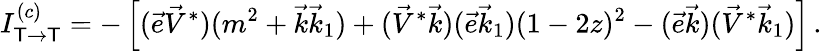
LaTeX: I_{\mathsf{T}\to\mathsf{T}}^{(c)}=-\left[(\vec{{e}}\vec{{V}}^{*})(m^{2}+\vec{{k}}\vec{{k}}_{1})+(\vec{{V}}^{*}\vec{{k}})(\vec{{e}}\vec{{k}}_{1})(1-2z)^{2}-(\vec{{e}}\vec{{k}})(\vec{{V}}^{*}\vec{{k}}_{1})\right]\, .